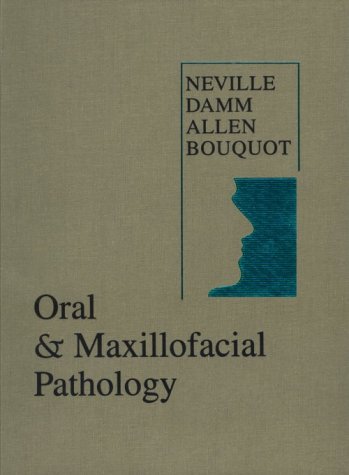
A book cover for Oral & Maxillofacial Pathology; Brad W. Neville; Medical Books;